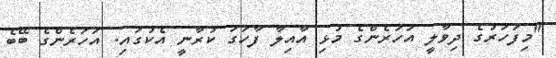
"މިފަހަރުގެ ދިވާލީ އަހަރެންގެ މުޅި އާއިލާ ފާހަގަ ކުރާނީ އެކުގައި. އަހަރެންގެ ބޭބެ